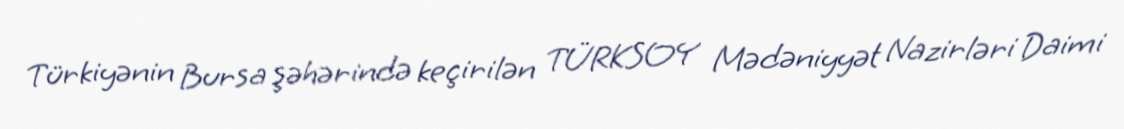
Türkiyənin Bursa şəhərində keçirilən TÜRKSOY Mədəniyyət Nazirləri Daimi